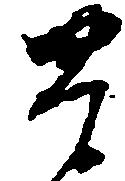
豊